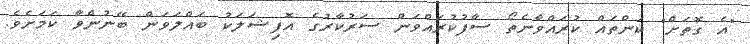
"އެ ގޮތަށް" ކަންތައް ކުރައްވާނެތޯ ސާފުކުރައްވަން ސަރުކާރުގެ އޮފިޝަލަކު ބައްލަވަން ބޭނުންވާ ކަމަށެވެ.